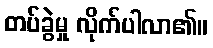
တပ်ခွဲမှု လိုက်ပါလာ၏။